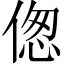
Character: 偬